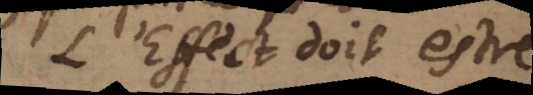
L’Effect doit estre